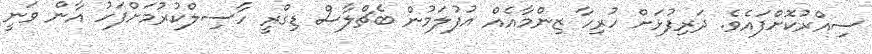
ސިއްރުކޮށްފައެވެ. ދަރިފުޅަށް ހުރިހާ ޒިންމާއެއް އުފުލަމުން ބެޗްލާސް ޑިގްރީ ހާސިލްކުރުމަށްފަހު އާން ވަނީ